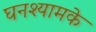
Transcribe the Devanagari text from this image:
घनश्यामके